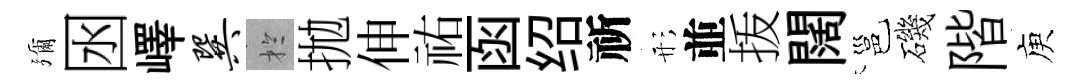
彌囦嶧巽扵拋伸祐函绍祈形並㧞闊邕磯階庾